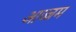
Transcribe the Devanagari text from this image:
आज्जम